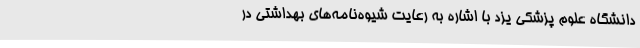
دانشگاه علوم پزشکی یزد با اشاره به رعایت شیوه‌نامه‌های بهداشتی در